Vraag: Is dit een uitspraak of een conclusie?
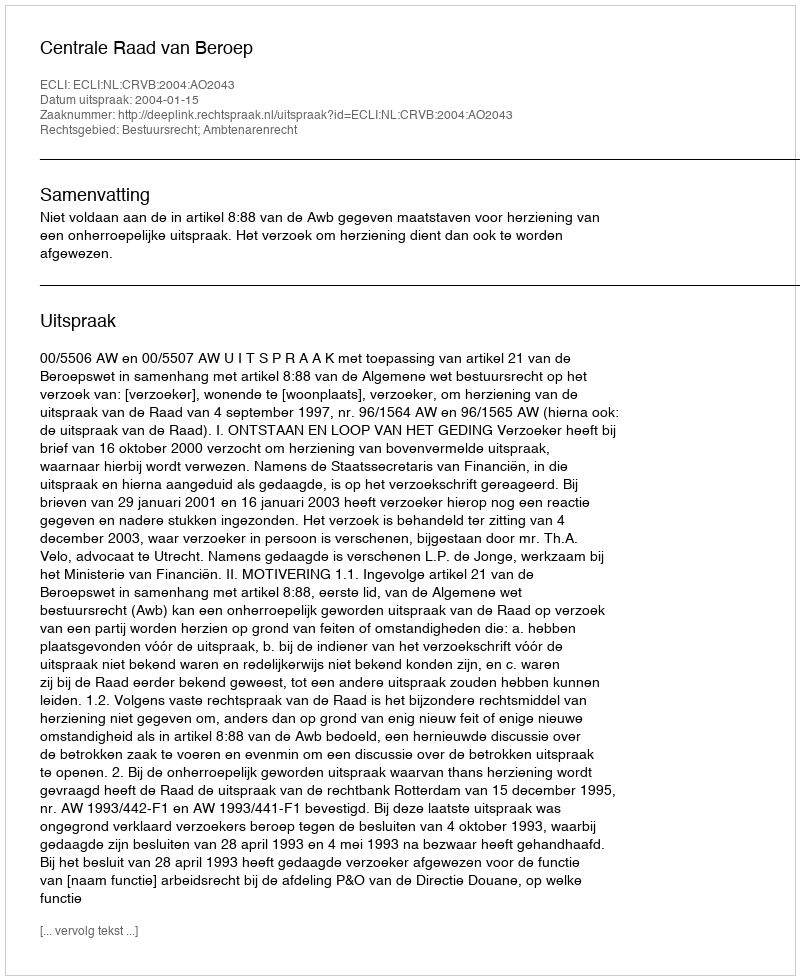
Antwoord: Uitspraak